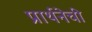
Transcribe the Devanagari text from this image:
प्रार्थनेची